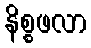
နိစ္စဖလာ